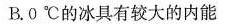
B.0℃的冰具有较大的内能